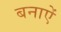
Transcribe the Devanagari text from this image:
बनाऐं